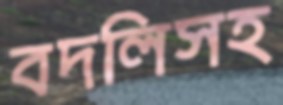
বদলিসহ